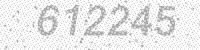
Solution: 612245